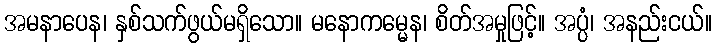
အမနာပေန၊ နှစ်သက်ဖွယ်မရှိသော။ မနောကမ္မေန၊ စိတ်အမှုဖြင့်။ အပ္ပံ၊ အနည်းငယ်။